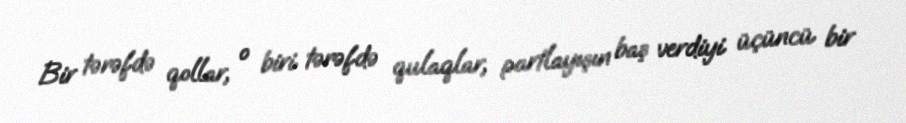
Bir tərəfdə qollar, o biri tərəfdə qulaqlar, partlayışın baş verdiyi üçüncü bir